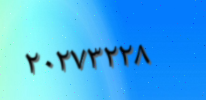
٢٠٢٧٣٢٢٨